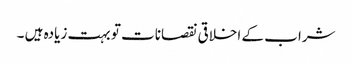
شراب کے اخلاقی نقصانات تو بہت زیادہ ہیں ۔